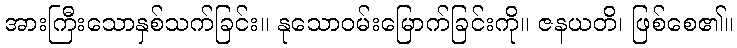
အားကြီးသောနှစ်သက်ခြင်း။ နုသောဝမ်းမြောက်ခြင်းကို။ ဇနယတိ၊ ဖြစ်စေ၏။